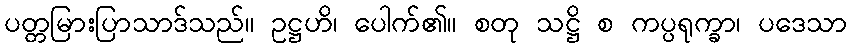
ပတ္တမြားပြာသာဒ်သည်။ ဥဋ္ဌဟိ၊ ပေါက်၏။ စတု သဋ္ဌိ စ ကပ္ပရုက္ခာ၊ ပဒေသာ